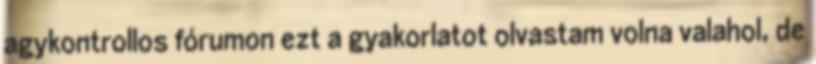
agykontrollos fórumon ezt a gyakorlatot olvastam volna valahol, de